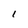
Character: I